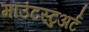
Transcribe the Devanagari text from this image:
माउंटस्टुअर्ट